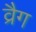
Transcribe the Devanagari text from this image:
व्रैग